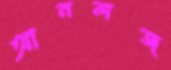
আনলজ